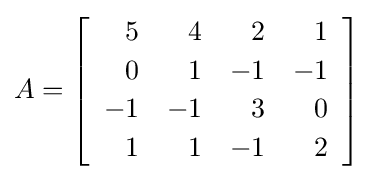
A=\left[{\begin{array}{*{20}{r}}5&4&2&1\\[2pt]0&1&-1&-1\\[2pt]-1&-1&3&0\\[2pt]1&1&-1&2\end{array}}\right]